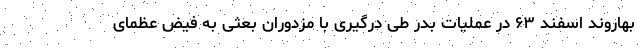
بهاروند اسفند ۶۳ در عملیات بدر طی درگیری با مزدوران بعثی به فیض عظمای